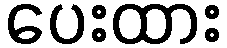
ပေးထား